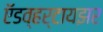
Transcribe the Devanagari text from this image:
ऍडव्हर्टायझर